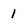
Character: 1